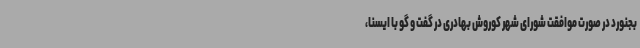
بجنورد در صورت موافقت شورای شهر کوروش بهادری در گفت و گو با ایسنا،